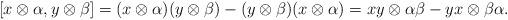
LaTeX: \begin{align*}[x\otimes\alpha,y\otimes\beta]=(x\otimes\alpha)(y\otimes\beta)-(y\otimes\beta)(x\otimes\alpha)=xy\otimes\alpha\beta-yx\otimes\beta\alpha.\end{align*}